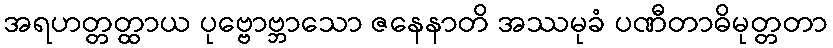
အရဟတ္တတ္ထာယ ပုဗ္ဗောဗ္ဘာသော ဇနေနာတိ အဿမုခံ ပဏီတာဓိမုတ္တတာ